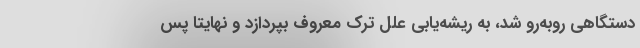
دستگاهی روبه‌رو شد، به ریشه‌یابی علل ترک معروف بپردازد و نهایتاً پس